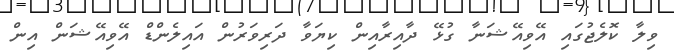
ވިލާ ކޮލެޖުގައި އޭވިއޭޝަނާ ގުޅޭ ދާއިރާއިން ކިޔަވާ ދަރިވަރުން އައިލެންޑް އޭވިއޭޝަން އިން